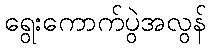
ရွေးကောက်ပွဲအလွန်